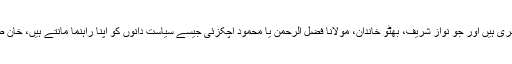
وہ کروڑوں انسان جو پاکستان کے شہری ہیں اور جو نواز شریف، بھٹو خاندان، مولانا فضل الرحمن یا محمود اچکزئی جیسے سیاست دانوں کو اپنا راہنما مانتے ہیں، خان صاحب کی نظر میں نا قابلِ التفات ہیں۔